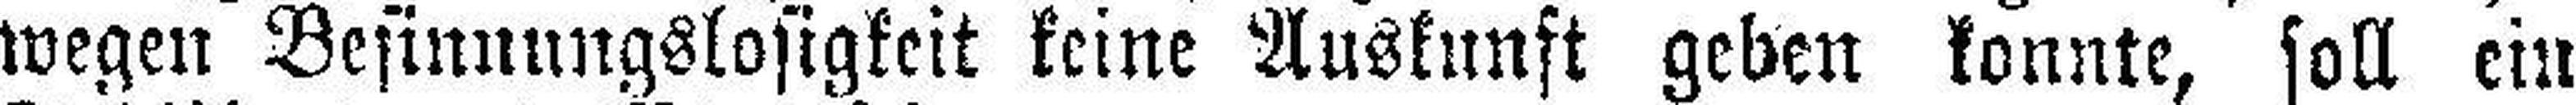
wegen Besinnungslosigkeit keine Auskunft geben konnte, soll ein